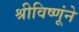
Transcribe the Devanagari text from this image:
श्रीविष्णूंने